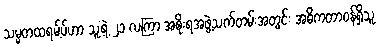
သမ္မတထရမ့်ပ်ဟာ သူ့ရဲ့ ၂၁ လကြာ အစိုးရအဖွဲ့သက်တမ်းအတွင်း အဓိကတာဝန်ရှိသူ